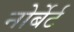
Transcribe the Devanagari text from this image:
नोर्बेर्ट